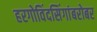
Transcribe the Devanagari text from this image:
हरगोविंदसिंगांबरोबर